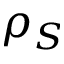
\rho _ { S }